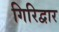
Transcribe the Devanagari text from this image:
गिरिद्वार